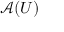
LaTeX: { \mathcal { A } } ( U )